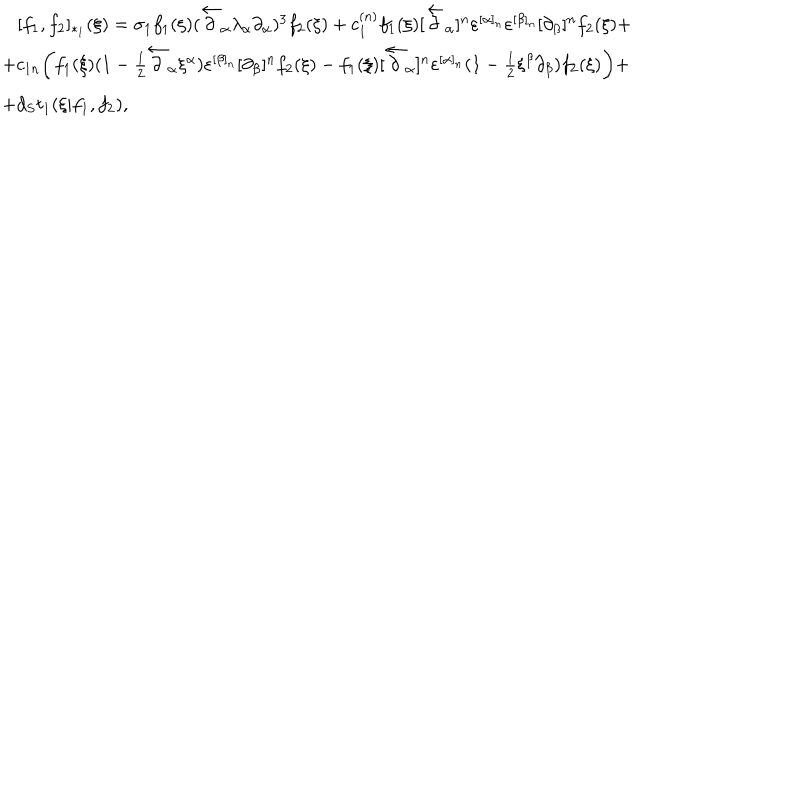
\begin{array} { l } { { \, \, \, \, \, [ f _ { 1 } , f _ { 2 } ] _ { * _ { 1 } } ( \xi ) = \sigma _ { 1 } f _ { 1 } ( \xi ) ( \overleftarrow \partial _ { \alpha } \lambda _ { \alpha } \partial _ { \alpha } ) ^ { 3 } f _ { 2 } ( \xi ) + c _ { 1 } ^ { ( n ) } f _ { 1 } ( \xi ) [ \overleftarrow \partial _ { \alpha } ] ^ { n } \varepsilon ^ { [ \alpha ] _ { n } } \varepsilon ^ { [ \beta ] _ { n } } [ \partial _ { \beta } ] ^ { n } f _ { 2 } ( \xi ) + } } \\ { { + c _ { 1 n } \biggl ( f _ { 1 } ( \xi ) ( 1 - { \frac { 1 } { 2 } } \overleftarrow \partial _ { \alpha } \xi ^ { \alpha } ) \varepsilon ^ { [ \beta ] _ { n } } [ \partial _ { \beta } ] ^ { n } f _ { 2 } ( \xi ) - f _ { 1 } ( \xi ) [ \overleftarrow \partial _ { \alpha } ] ^ { n } \varepsilon ^ { [ \alpha ] _ { n } } ( 1 - { \frac { 1 } { 2 } } \xi ^ { \beta } \partial _ { \beta } ) f _ { 2 } ( \xi ) \biggr ) + } } \\ { { + d _ { S } t _ { 1 } ( \xi | f _ { 1 } , f _ { 2 } ) , } } \\ \end{array}